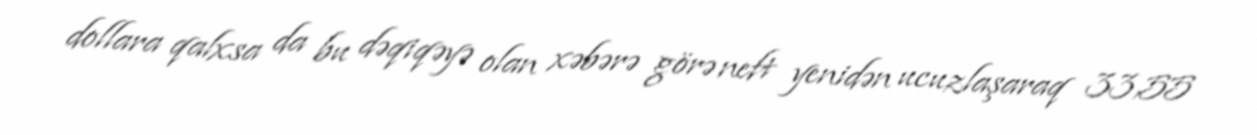
dollara qalxsa da bu dəqiqəyə olan xəbərə görə neft yenidən ucuzlaşaraq 33,55